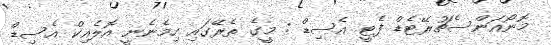
މޮނޯއަންސެޗުރޭޓެޑް ފެޓީ އެސިޑް : މީގެ ތެރޭގައި ހިމެނެނީ އޮލެއިކް އެސިޑް